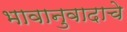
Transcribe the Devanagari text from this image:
भावानुवादाचे